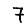
Digit: 7